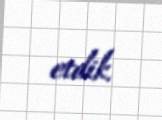
etdik.